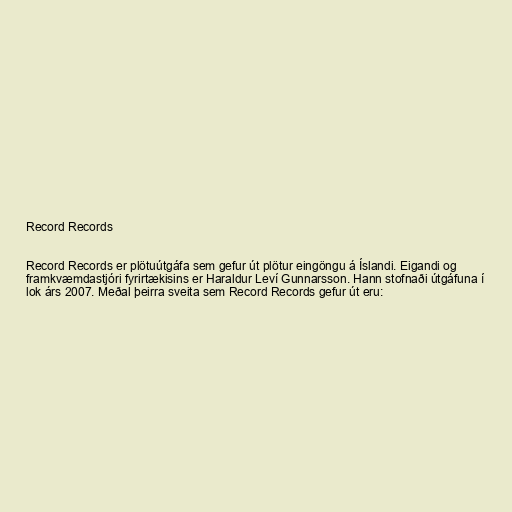
Record Records

Record Records er plötuútgáfa sem gefur út plötur eingöngu á Íslandi. Eigandi og
framkvæmdastjóri fyrirtækisins er Haraldur Leví Gunnarsson. Hann stofnaði útgáfuna í
lok árs 2007. Meðal þeirra sveita sem Record Records gefur út eru: